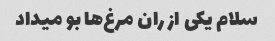
سلام یکی از ران مرغ‌ها بو میداد